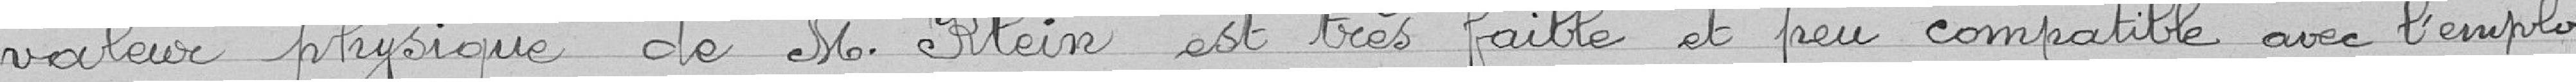
valeur physique de M. Klein est très faible et peu compatible avec l'emploi